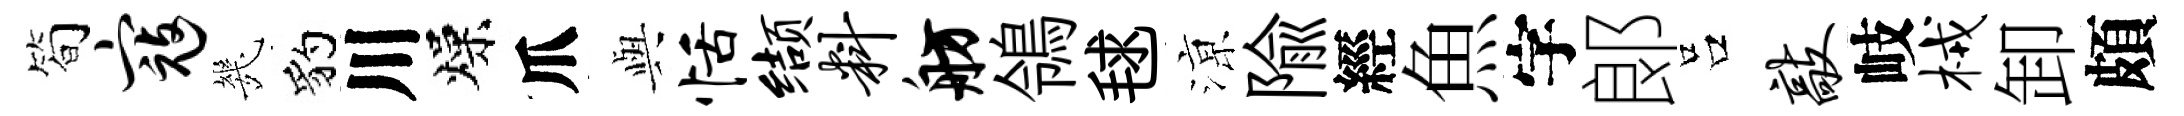
简寇㡬豹川燥爪𫤰恬缬料舫鴒毬鿌隃經魚字郞吕敲岐械卸頗